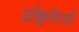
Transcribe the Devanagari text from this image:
उक्लिदिसी